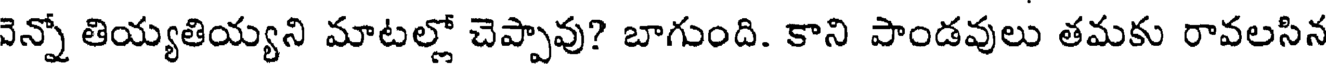
వెన్నో తియ్యతియ్యని మాటల్లో చెప్పావు? బాగుంది. కాని పాండవులు తమకు రావలసిన